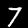
Label: 7